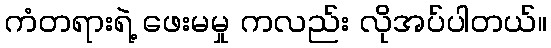
ကံတရားရဲ့ ဖေးမမှု ကလည်း လိုအပ်ပါတယ်။